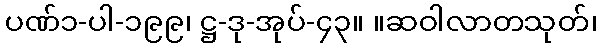
ပဏ်၁-ပါ-၁၉၉၊ ဋ္ဌ-ဒု-အုပ်-၄၃။ ။ဆဝါလာတသုတ်၊